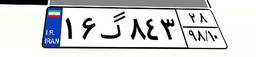
۱۶گ۸۴۳۲۸